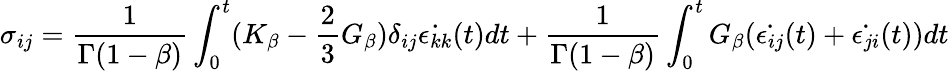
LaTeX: \sigma_{ij}=\frac{1}{\Gamma(1-\beta)}\int_{0}^{t}(K_{\beta}-\frac{2}{3}G_{\beta})\delta_{ij}\dot{\epsilon_{kk}}(t)dt+\frac{1}{\Gamma(1-\beta)}\int_{0}^{t}G_{\beta}(\dot{\epsilon_{ij}}(t)+\dot{\epsilon_{ji}}(t))dt